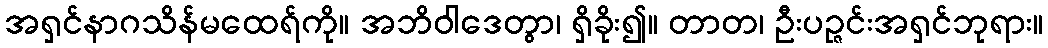
အရှင်နာဂသိန်မထေရ်ကို။ အဘိဝါဒေတွာ၊ ရှိခိုး၍။ တာတ၊ ဦးပဉ္ဇင်းအရှင်ဘုရား။